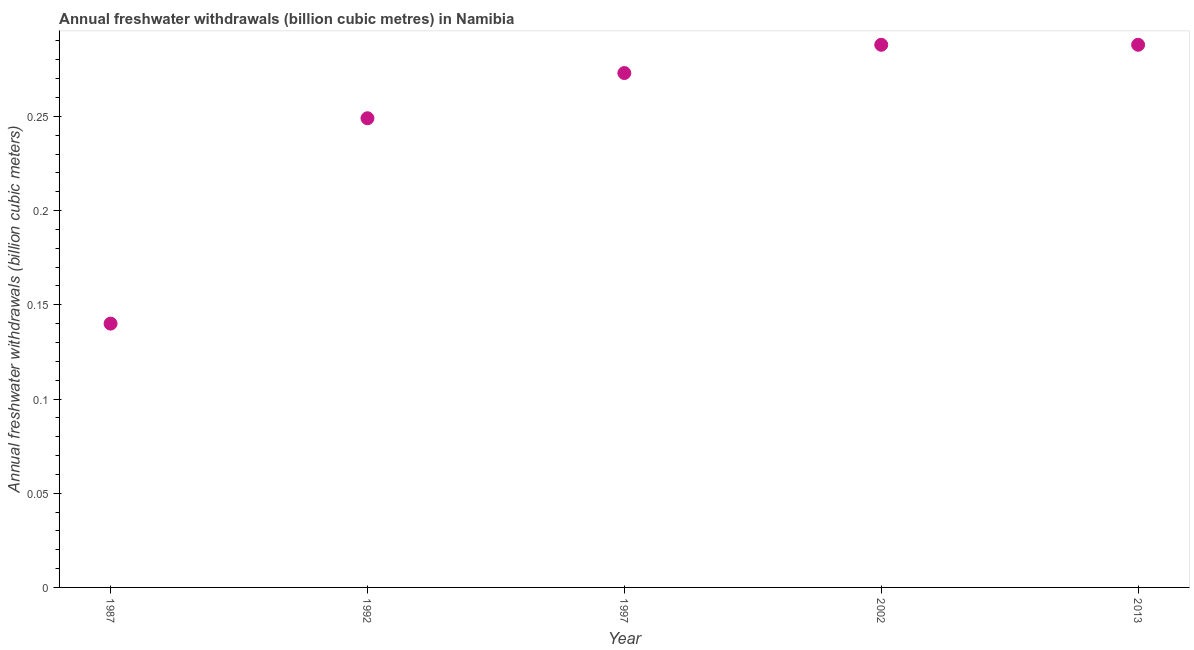
| Year | Annual freshwater withdrawals |
 | --- | --- |
 | 1987 | 0.14 |
 | 1992 | 0.249 |
 | 1997 | 0.273 |
 | 2002 | 0.288 |
 | 2013 | 0.288 |